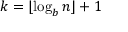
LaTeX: k = \lfloor \log _ { b } { n } \rfloor + 1